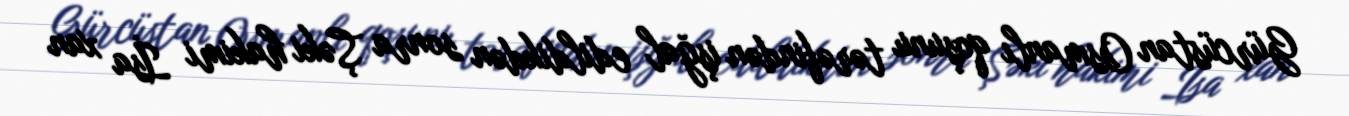
Gürcüstan Osmanlı qoşunu tərəfindən işğal edildikdən sonra Şəki hakimi İsa xan